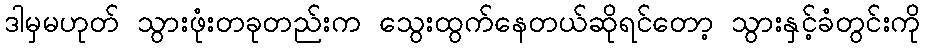
ဒါမှမဟုတ် သွားဖုံးတခုတည်းက သွေးထွက်နေတယ်ဆိုရင်တော့ သွားနှင့်ခံတွင်းကို